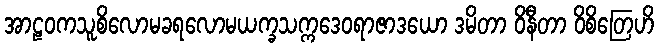
အာဠဝကသူစိလောမခရလောမယက္ခသက္ကဒေဝရာဇာဒယော ဒမိတာ ဝိနီတာ ဝိစိတြေဟိ